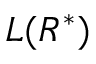
L ( R ^ { * } )